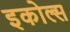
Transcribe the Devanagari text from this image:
इकोल्स